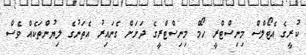
ކުރީގެ އެޓޯލްސް މިނިސްޓްރީ ހޯމް މިނިސްޓްރީގެ ދަށަށް ގެނައިރު އެތަނުގެ ލިޔުންތަކެއް ވެސް